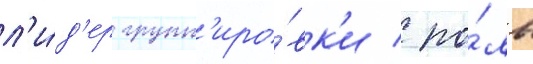
л'и́д'ер групп'иро́вк'и / ро́ль